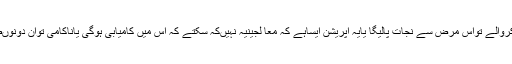
جواب : زیدکے معا لجین کامشورہ یہ ہوکہ وہ ذریعہ آپریشن علاج کروالے تواس مرض سے نجات پالیگا یایہ آپریشن ایساہے کہ معا لجینیہ نہیںکہ سکتے کہ اس میں کامیابی ہوگی یاناکامی توان دونوںصورتوںمیںزیدکوآپریشن کے ذریعہ علاج کروانے کی اجازت ہے۔